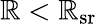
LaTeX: \mathbb{R}<\mathbb{R}_{\textrm{{sr}}}